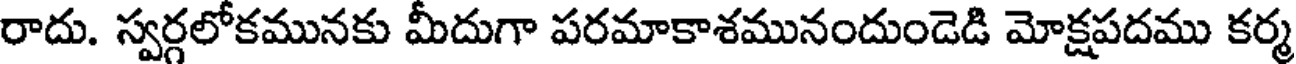
రాదు. స్వర్గలోకమునకు మీదుగా పరమాకాశమునందుండెడి మోక్షపదము కర్మ